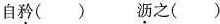
自矜（）沥之（）